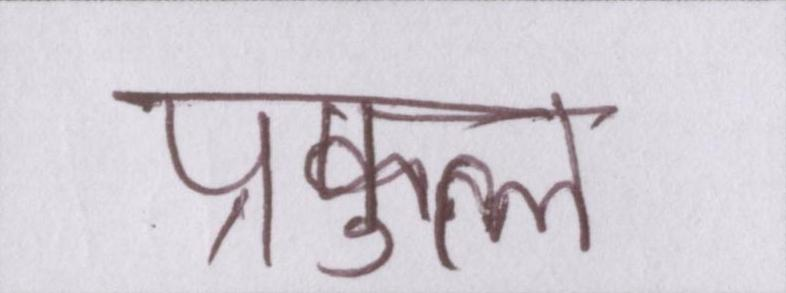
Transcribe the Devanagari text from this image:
प्रफुल्ल